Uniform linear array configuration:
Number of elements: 8
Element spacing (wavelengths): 0.25
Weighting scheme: kaiser
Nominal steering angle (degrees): -30
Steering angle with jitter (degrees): -31.303
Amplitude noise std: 0.05
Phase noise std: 0.05

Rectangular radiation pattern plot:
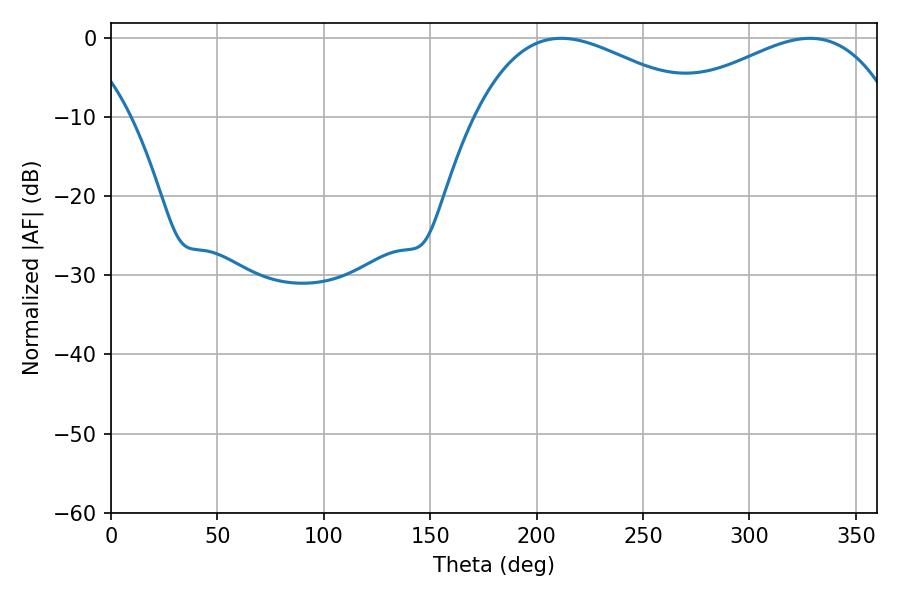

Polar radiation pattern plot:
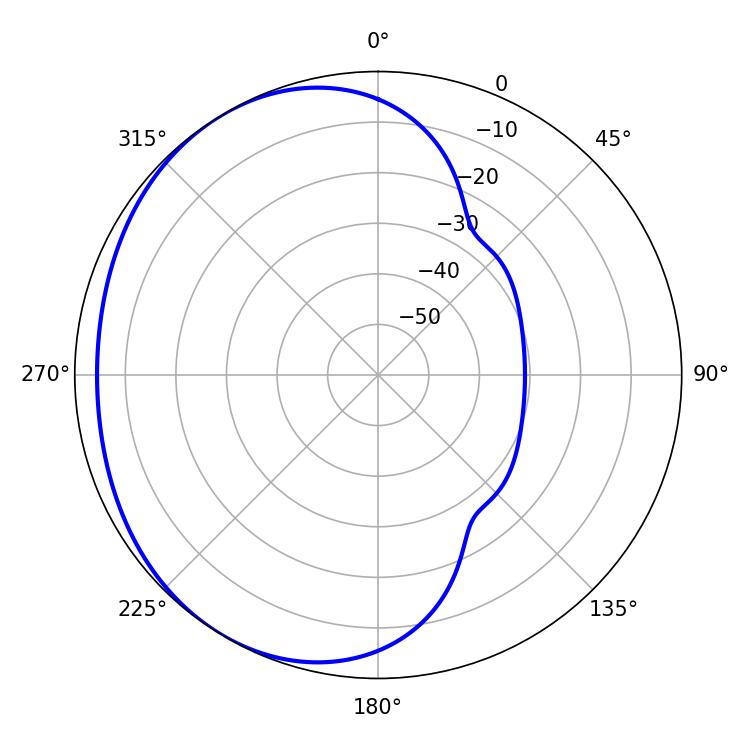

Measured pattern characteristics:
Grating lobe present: FALSE
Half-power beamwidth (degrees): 59.22
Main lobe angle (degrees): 211.5